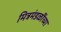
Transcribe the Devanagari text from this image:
मित्रमंडळींच्या